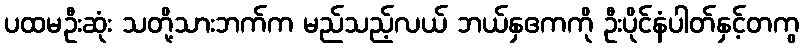
ပထမဦးဆုံး သတို့သားဘက်က မည်သည့်လယ် ဘယ်နှဧကကို ဦးပိုင်နံပါတ်နှင့်တကွ